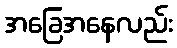
အခြေအနေလည်း